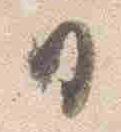
日